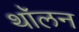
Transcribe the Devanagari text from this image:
थॉलन